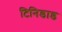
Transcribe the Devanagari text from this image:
टिनिडाड